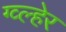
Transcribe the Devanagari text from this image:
ग्व्ल्हेर